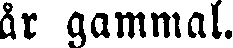
år gammal.